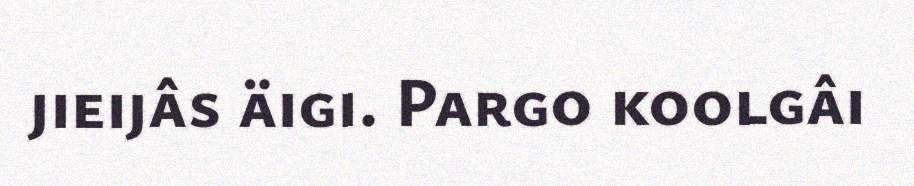
jieijâs äigi. Pargo koolgâi